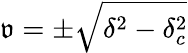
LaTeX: \mathfrak{v}=\pm\sqrt{\delta^{2}-\delta_{c}^{2}}